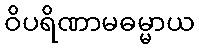
ဝိပရိဏာမဓမ္မာယ